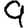
Digit: 9